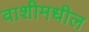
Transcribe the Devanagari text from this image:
वाशीमधील